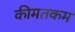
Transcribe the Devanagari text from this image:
कीमतकम